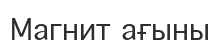
Магнит ағыны